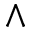
\wedge